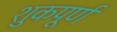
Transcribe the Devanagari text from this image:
शुकपूर्ण